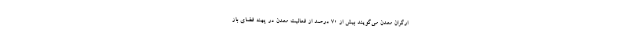
ارگران معدن می‌گویند بیش از ۷۰ درصد از فعالیت معدن در پهنه فضای باز